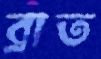
ব্রাত